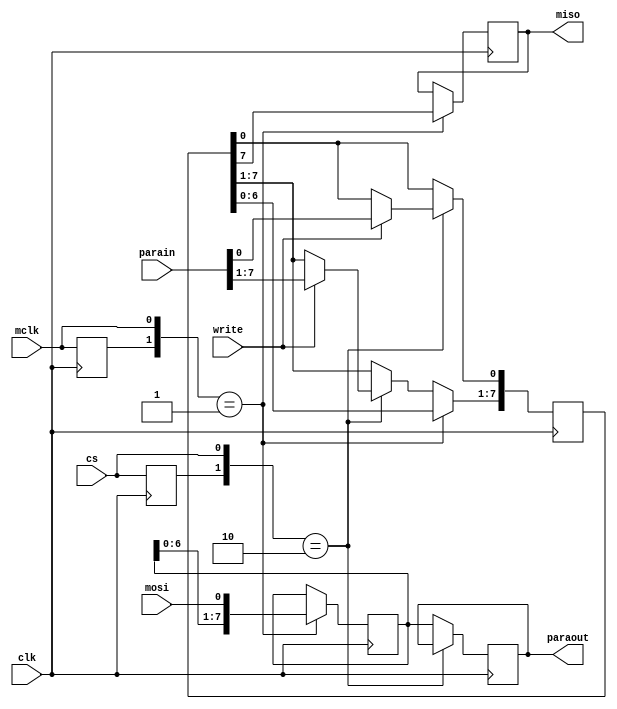
module spi_module (
	input clk,
	input mclk,
	input mosi,
	input cs,
	input write,
	input [7:0] parain,
	output reg [7:0] paraout,
	output reg miso
);

parameter CPOL = 1'b0;
parameter CPHA = 1'b0;

wire [2:0] mode;
assign mode = {CPOL,CPHA};
reg mclk_prev;

reg [7:0] inbuf;
reg [7:0] outbuf;

reg cs_buf;

always @(posedge clk)
begin

	mclk_prev <= mclk;

	cs_buf <= cs;

	case (mode)
		2'h0: begin
			if ({cs_buf, cs} == 2'b10) begin
				if (write) begin
					outbuf <= parain;
				end
			end else if (2'b01) begin
				paraout <= inbuf;
			end
			if ({mclk_prev, mclk} == 2'b01) begin
				inbuf <= {inbuf[6:0], mosi};
				miso <= outbuf[7];
				outbuf[7:1] <= outbuf[6:0];
			end
		end
	endcase
end

endmodule